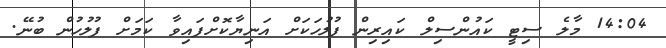
14:04 މާލެ ސިޓީ ކައުންސިލް ކައިރިން ފުލުހަކަށް އަނިޔާކޮށްފައިވާ ކަމަށް ފުލުހުން ބުނޭ.